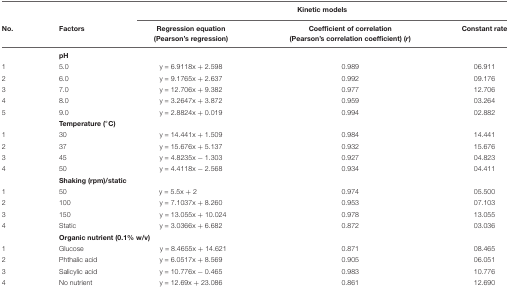
<table><thead><tr><td></td><td></td><td colspan="3"><b>Kinetic models</b></td></tr><tr><td><b>No.</b></td><td><b>Factors</b></td><td><b>Regression equation (Pearson’s regression)</b></td><td><b>Coefficient of correlation (Pearson’s correlation coefficient) (<i>r</i>)</b></td><td><b>Constant rate</b></td></tr></thead><tbody><tr><td></td><td><b>pH</b></td><td></td><td></td><td></td></tr><tr><td>1</td><td>5.0</td><td>y = 6.9118x + 2.598</td><td>0.989</td><td>06.911</td></tr><tr><td>2</td><td>6.0</td><td>y = 9.1765x + 2.637</td><td>0.992</td><td>09.176</td></tr><tr><td>3</td><td>7.0</td><td>y = 12.706x + 9.382</td><td>0.977</td><td>12.706</td></tr><tr><td>4</td><td>8.0</td><td>y = 3.2647x + 3.872</td><td>0.959</td><td>03.264</td></tr><tr><td>5</td><td>9.0</td><td>y = 2.8824x + 0.019</td><td>0.994</td><td>02.882</td></tr><tr><td></td><td><b>Temperature (°C)</b></td><td></td><td></td><td></td></tr><tr><td>1</td><td>30</td><td>y = 14.441x + 1.509</td><td>0.984</td><td>14.441</td></tr><tr><td>2</td><td>37</td><td>y = 15.676x + 5.137</td><td>0.932</td><td>15.676</td></tr><tr><td>3</td><td>45</td><td>y = 4.8235x − 1.303</td><td>0.927</td><td>04.823</td></tr><tr><td>4</td><td>50</td><td>y = 4.4118x − 2.568</td><td>0.934</td><td>04.411</td></tr><tr><td></td><td><b>Shaking (rpm)/static</b></td><td></td><td></td><td></td></tr><tr><td>1</td><td>50</td><td>y = 5.5x + 2</td><td>0.974</td><td>05.500</td></tr><tr><td>2</td><td>100</td><td>y = 7.1037x + 8.260</td><td>0.953</td><td>07.103</td></tr><tr><td>3</td><td>150</td><td>y = 13.055x + 10.024</td><td>0.978</td><td>13.055</td></tr><tr><td>4</td><td>Static</td><td>y = 3.0366x + 6.682</td><td>0.872</td><td>03.036</td></tr><tr><td></td><td><b>Organic nutrient (0.1% w/v)</b></td><td></td><td></td><td></td></tr><tr><td>1</td><td>Glucose</td><td>y = 8.4655x + 14.621</td><td>0.871</td><td>08.465</td></tr><tr><td>2</td><td>Phthalic acid</td><td>y = 6.0517x + 8.569</td><td>0.905</td><td>06.051</td></tr><tr><td>3</td><td>Salicylic acid</td><td>y = 10.776x − 0.465</td><td>0.983</td><td>10.776</td></tr><tr><td>4</td><td>No nutrient</td><td>y = 12.69x + 23.086</td><td>0.861</td><td>12.690</td></tr></tbody></table>